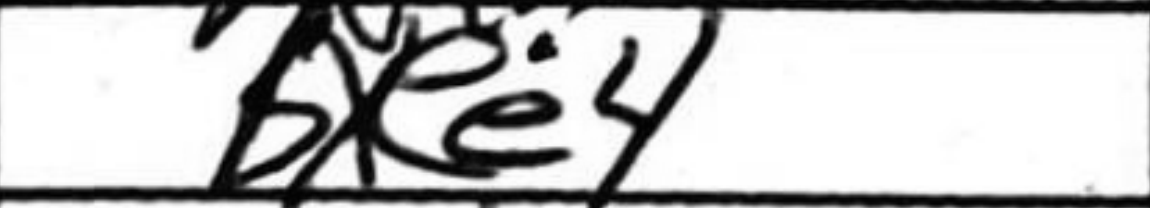
Transcription: bxee4